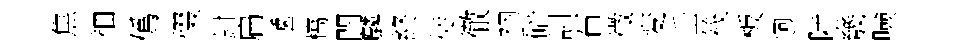
焦袖僞惙鉗扁遞槁閈麟終徒徹衲碚訓石徵変壬筏板迥陟㡬噞